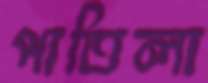
পাতিলা